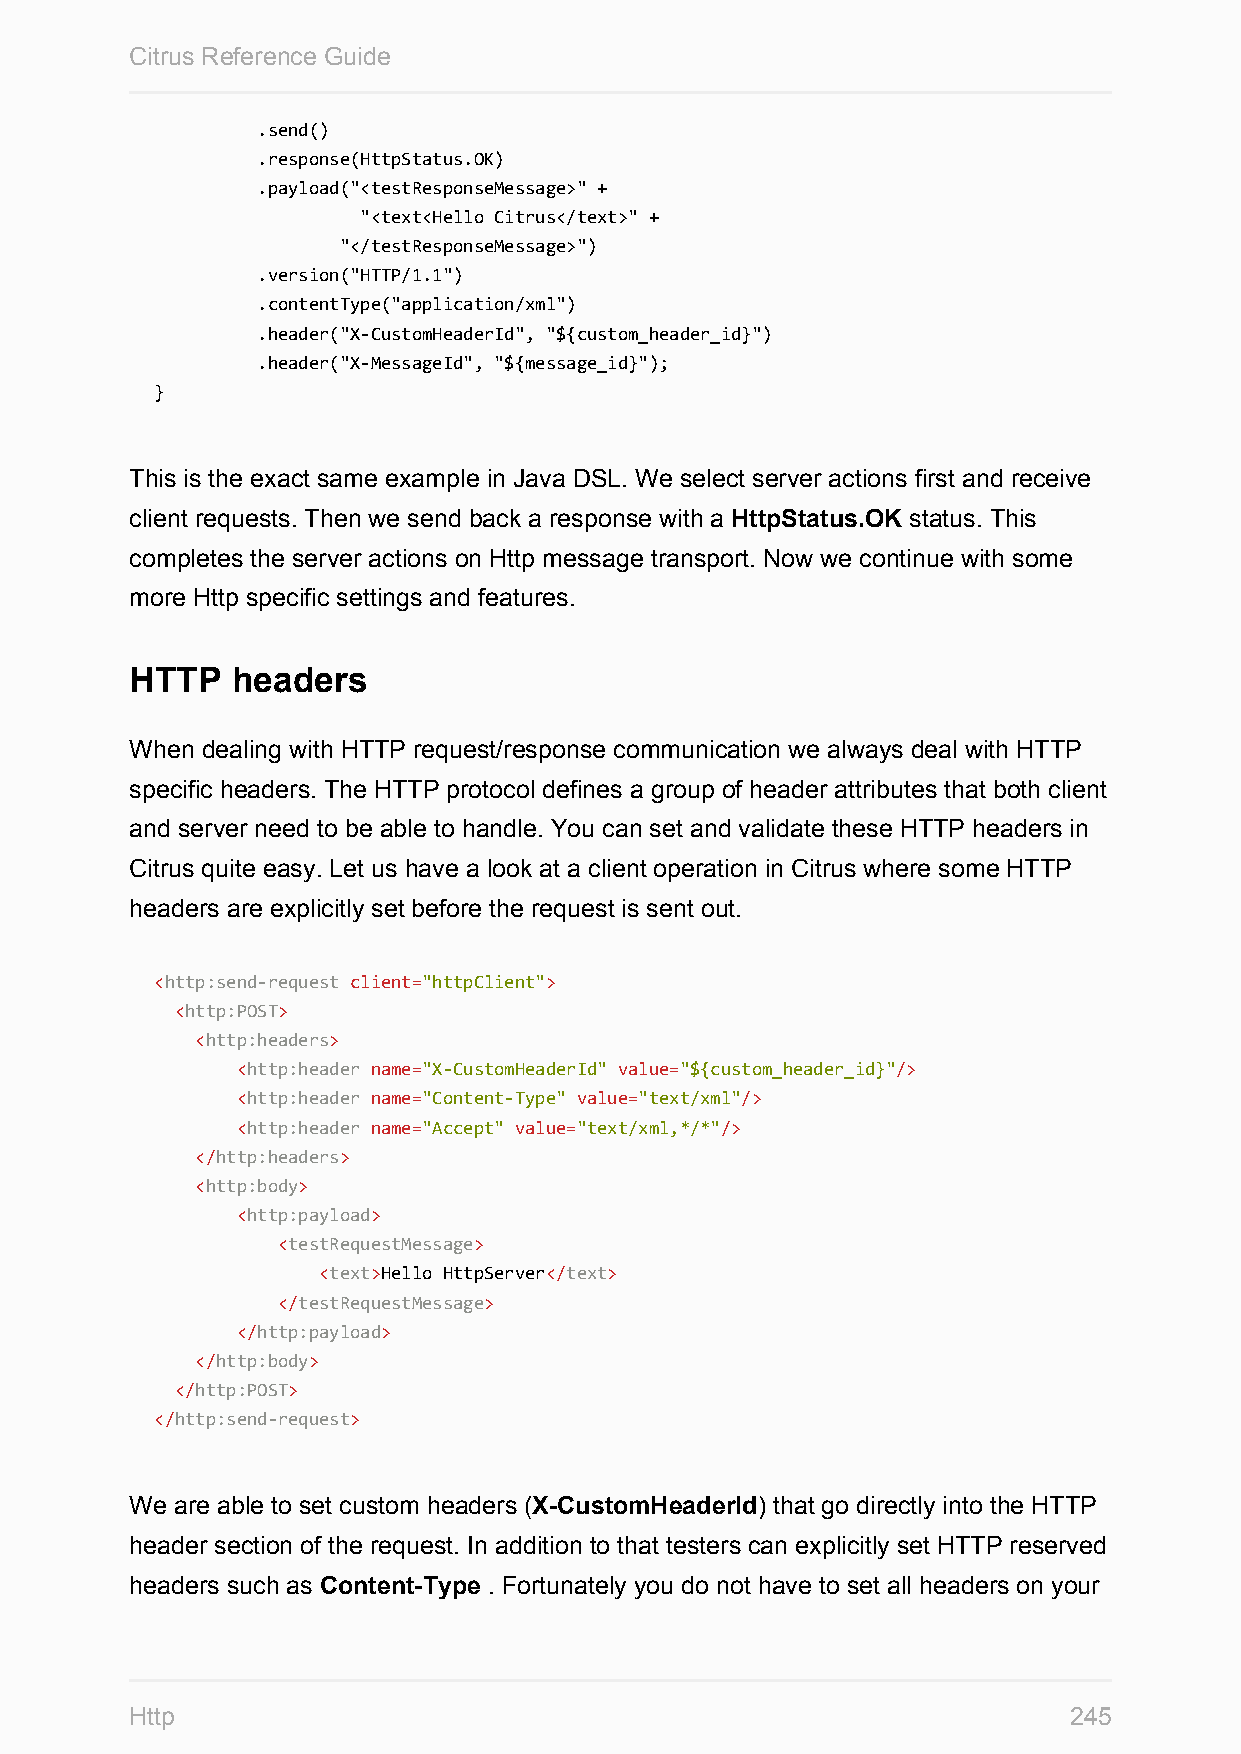
Citrus Reference Guide
 .send()
 .response(HttpStatus.OK)
 .payload("<testResponseMessage>" +
 "<text<Hello Citrus</text>" +
 "</testResponseMessage>")
 .version("HTTP/1.1")
 .contentType("application/xml")
 .header("X-CustomHeaderId", "${custom_header_id}")
 .header("X-MessageId", "${message_id}");
 }
 This is the exact same example in Java DSL. We select server actions first and receive
 client requests. Then we send back a response with a HttpStatus.OK status. This
 completes the server actions on Http message transport. Now we continue with some
 more Http specific settings and features.
 HTTP  headers
 When dealing with HTTP request/response communication we always deal with HTTP
 specific headers. The HTTP protocol defines a group of header attributes that both client
 and server need to be able to handle. You can set and validate these HTTP headers in
 Citrus quite easy. Let us have a look at a client operation in Citrus where some HTTP
 headers are explicitly set before the request is sent out.
 <http:send-request client="httpClient">
 <http:POST>
 <http:headers>
 <http:header name="X-CustomHeaderId" value="${custom_header_id}"/>
 <http:header name="Content-Type" value="text/xml"/>
 <http:header name="Accept" value="text/xml,*/*"/>
 </http:headers>
 <http:body>
 <http:payload>
 <testRequestMessage>
 <text>Hello HttpServer</text>
 </testRequestMessage>
 </http:payload>
 </http:body>
 </http:POST>
 </http:send-request>
 We are able to set custom headers (X-CustomHeaderId) that go directly into the HTTP
 header section of the request. In addition to that testers can explicitly set HTTP reserved
 headers such as Content-Type . Fortunately you do not have to set all headers on your
 Http                                                          245